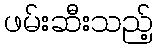
ဖမ်းဆီးသည့်